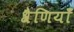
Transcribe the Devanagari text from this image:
श्रैणियाँ